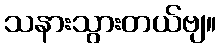
သနားသွားတယ်ဗျ။